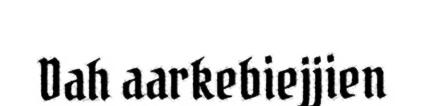
Dah aarkebiejjien